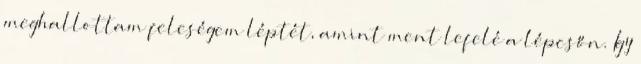
meghallottam feleségem léptét, amint ment lefelé a lépcsőn. Így